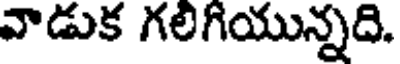
వాడుక గలిగియున్నది.